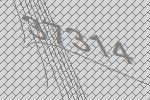
37314